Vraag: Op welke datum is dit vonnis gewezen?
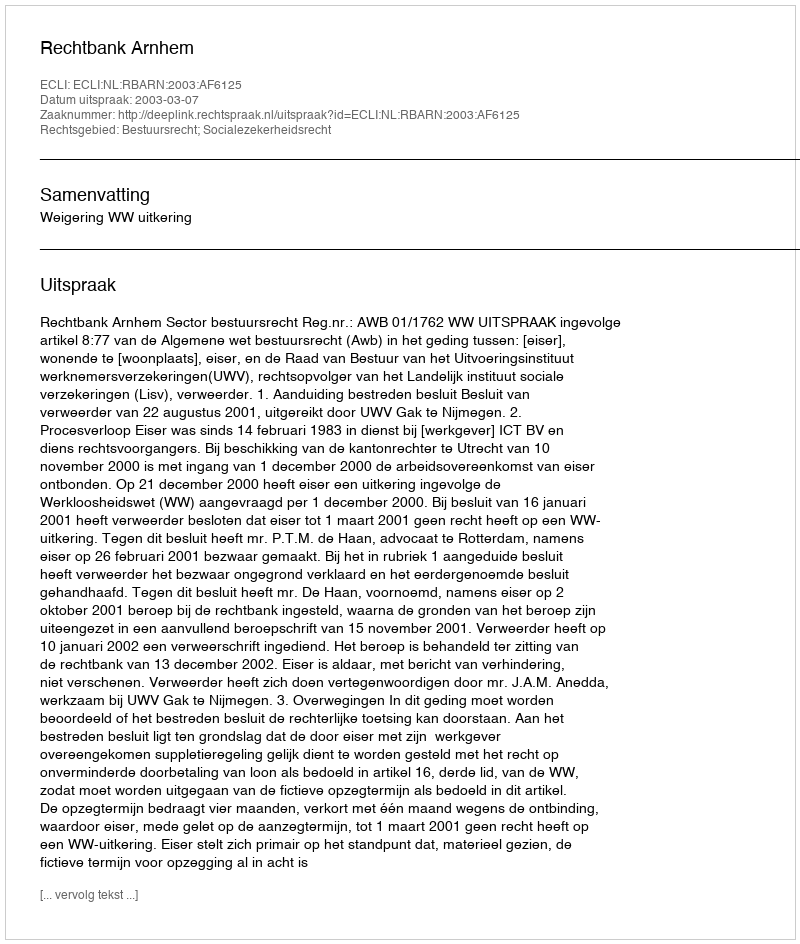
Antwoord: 2003-03-07